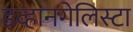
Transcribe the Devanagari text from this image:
इव्हानगेलिस्टा